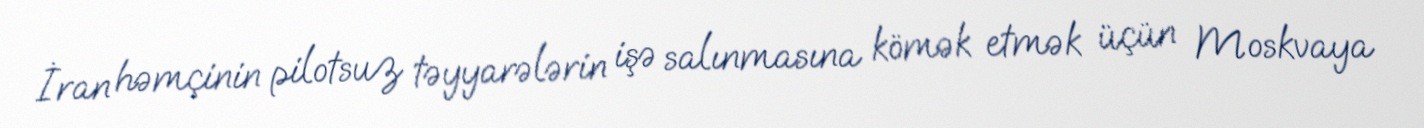
İran həmçinin pilotsuz təyyarələrin işə salınmasına kömək etmək üçün Moskvaya